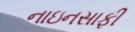
નાઇનસાફી